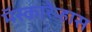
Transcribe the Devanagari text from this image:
मॅस्कारेन्हास